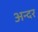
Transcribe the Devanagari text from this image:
अन्दर